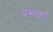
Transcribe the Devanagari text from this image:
वरूका